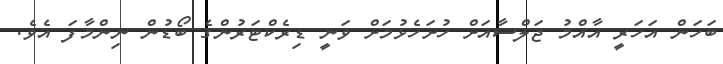
ބަހަން އަހަރީ އާއްމު ޖަލްސާއަށް ހުށަހެޅުމަށް ވަނީ ޑިރެކްޓަރުންގެ ބޯޑުން ނިންމާފަ އެވެ.